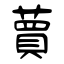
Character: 蕒